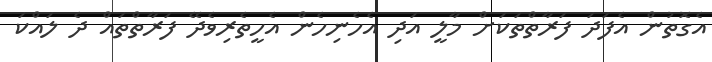
އެގޮތުން އެފަދަ ފަރާތްތަކަށް މާލީ އަދި އެހެނިހެން އެހީތެރިވެދޭ ފަރާތްތައް ދެ ލައްކަ